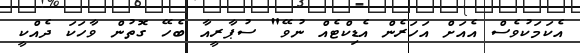
އެކަމަކުވެސް އެއަށް އަހަރެން އެޑިކްޓެއް ނުވޭ" ސުޕާރީއާ ބެހޭ ގޮތުން ވާހަކަ ދެއްކީ